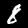
Digit: 8